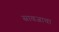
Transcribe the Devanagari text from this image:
सावजाचा